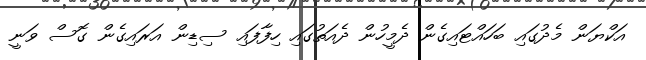
އަކްޔަން މެދުގައި ބަހައްޓައިގެން ދެމީހުން ދެއަތުގައި ހިފާފައި ސިޑިން އަރައިގެން ގޮސް ވަނީ